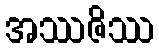
အဿဇိဿ